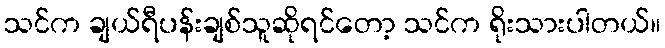
သင်က ချယ်ရီပန်းချစ်သူဆိုရင်တော့ သင်က ရိုးသားပါတယ်။